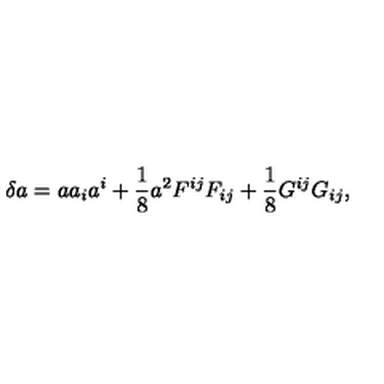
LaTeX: \delta a = a a _ { i } a ^ { i } + \frac { 1 } { 8 } a ^ { 2 } F ^ { i j } F _ { i j } + \frac { 1 } { 8 } G ^ { i j } G _ { i j } ,